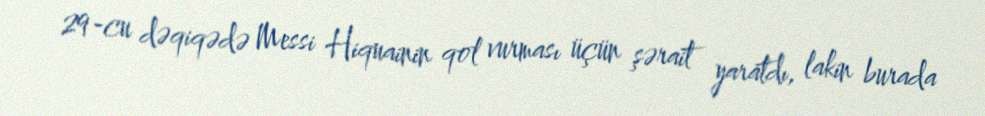
29-cu dəqiqədə Messi Hiquainin qol vurması üçün şərait yaratdı, lakin burada